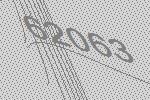
62063